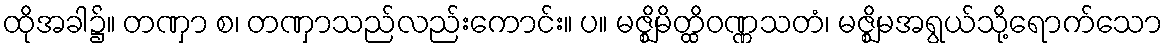
ထိုအခါ၌။ တဏှာ စ၊ တဏှာသည်လည်းကောင်း။ ပ။ မဇ္ဈိမိတ္ထိဝဏ္ဏသတံ၊ မဇ္ဈိမအရွယ်သို့ရောက်သော